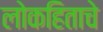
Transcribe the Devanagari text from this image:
लोकहिताचे